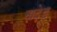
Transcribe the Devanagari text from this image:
नादेड